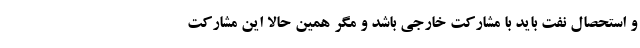
و استحصال نفت باید با مشارکت خارجی باشد و مگر همین حالا این مشارکت